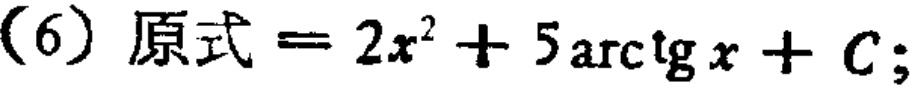
(6) 原式 \(= 2x^{2}+5\arctan x + C;\)